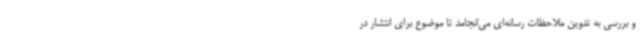
و بررسی به تدوین ملاحظات رسانه‌ای می‌انجامد تا موضوع برای انتشار در